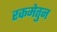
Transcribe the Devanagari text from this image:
रकमेतुन